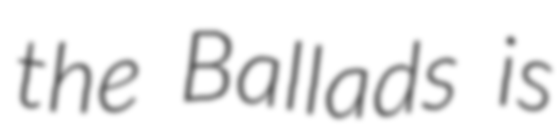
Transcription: the Ballads is